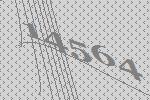
14564